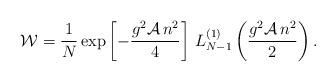
LaTeX: \begin{align*}{\cal W}=\frac{1}{N}\exp\left[-\frac{g^2 {\cal A} \,n^2}4\right]\,L_{N-1}^{(1)}\left(\frac{g^2 {\cal A} \,n^2}{2} \right).\end{align*}